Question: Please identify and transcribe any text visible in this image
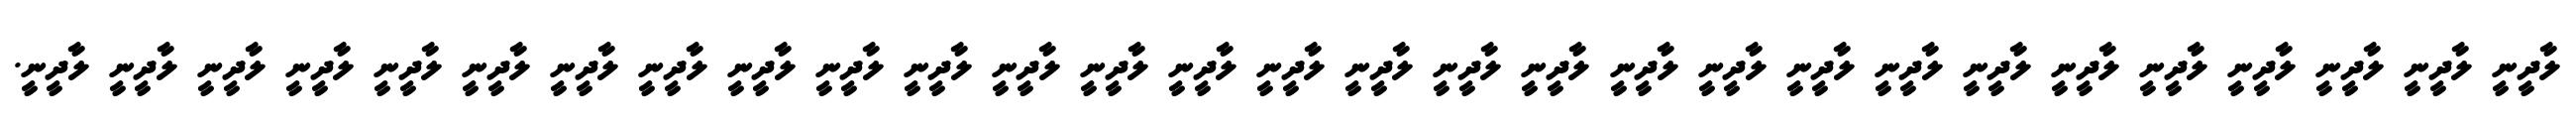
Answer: ލާދީނީ ލާދީނީ ލާދީނީ ލާދީނީ ލާދީނީ ލާދީނީ ލާދީނީ ލާދީނީ ލާދީނީ ލާދީނީ ލާދީނީ ލާދީނީ ލާދީނީ ލާދީނީ ލާދީނީ ލާދީނީ ލާދީނީ ލާދީނީ ލާދީނީ ލާދީނީ ލާދީނީ ލާދީނީ ލާދީނީ ލާދީނީ ލާދީނީ ލާދީނީ ލާދީނީ ލާދީނީ ލާދީނީ.